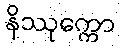
နိဿုက္ကော